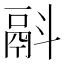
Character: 𩰮